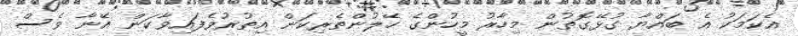
އެކަމަކު އެ ބައްޔާ ގުޅޭގޮތުން މިހާރު މީހުންގެ ހޭލުންތެރިކަން އިތުރުވެފައިވާކަން އޭނާ ވެސް